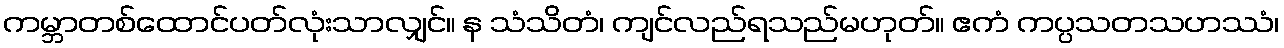
ကမ္ဘာတစ်ထောင်ပတ်လုံးသာလျှင်။ န သံသိတံ၊ ကျင်လည်ရသည်မဟုတ်။ ဧကံ ကပ္ပသတသဟဿံ၊